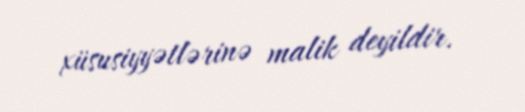
xüsusiyyətlərinə malik deyildir.